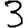
Digit: 3